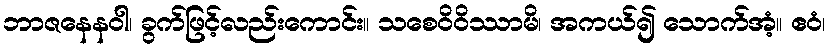
ဘာဇနေနဝါ၊ ခွက်ဖြင့်လည်းကောင်း။ သစေဝိဝိဿာမိ၊ အကယ်၍ သောက်အံ့။ ဧဝံ၊